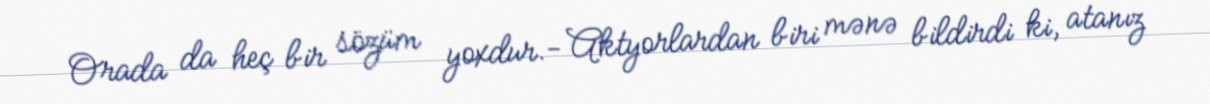
Orada da heç bir sözüm yoxdur.- Aktyorlardan biri mənə bildirdi ki, atanız